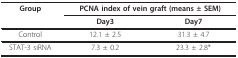
<table><thead><tr><td><b>Group</b></td><td colspan="2"><b>PCNA index of vein graft (means ± SEM)</b></td></tr><tr><td></td><td><b>Day3</b></td><td><b>Day7</b></td></tr></thead><tbody><tr><td>Control</td><td>12.1 ± 2.5</td><td>31.3 ± 4.7</td></tr><tr><td>STAT-3 siRNA</td><td>7.3 ± 0.2</td><td>23.3 ± 2.8*</td></tr></tbody></table>